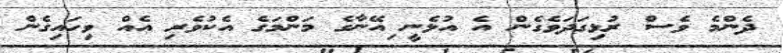
ދެންމެ ވެސް ރުޅިގަދަވެގެން އެ އުޅެނީ ިއޭނާގެ މަންމަގެ އެކުވެރި އެއް ވިހައިގެން